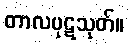
တာလပုဋသုတ်။